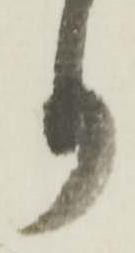
り